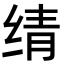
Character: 𬘬